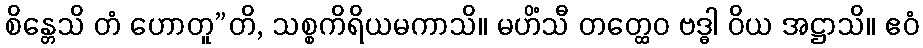
စိန္တေသိ တံ ဟောတူ”တိ, သစ္စကိရိယမကာသိ။ မဟိံသီ တတ္ထေဝ ဗဒ္ဓါ ဝိယ အဋ္ဌာသိ။ ဧဝံ